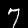
Digit: 7